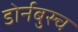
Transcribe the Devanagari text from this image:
डोर्नबुस्च